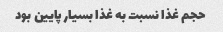
حجم غذا نسبت به غذا بسیار پایین بود